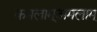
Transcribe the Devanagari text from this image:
कमलाम्अमलाम्